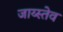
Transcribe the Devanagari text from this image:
जाय्स्तेव